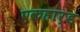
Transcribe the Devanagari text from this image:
एकहार्ड